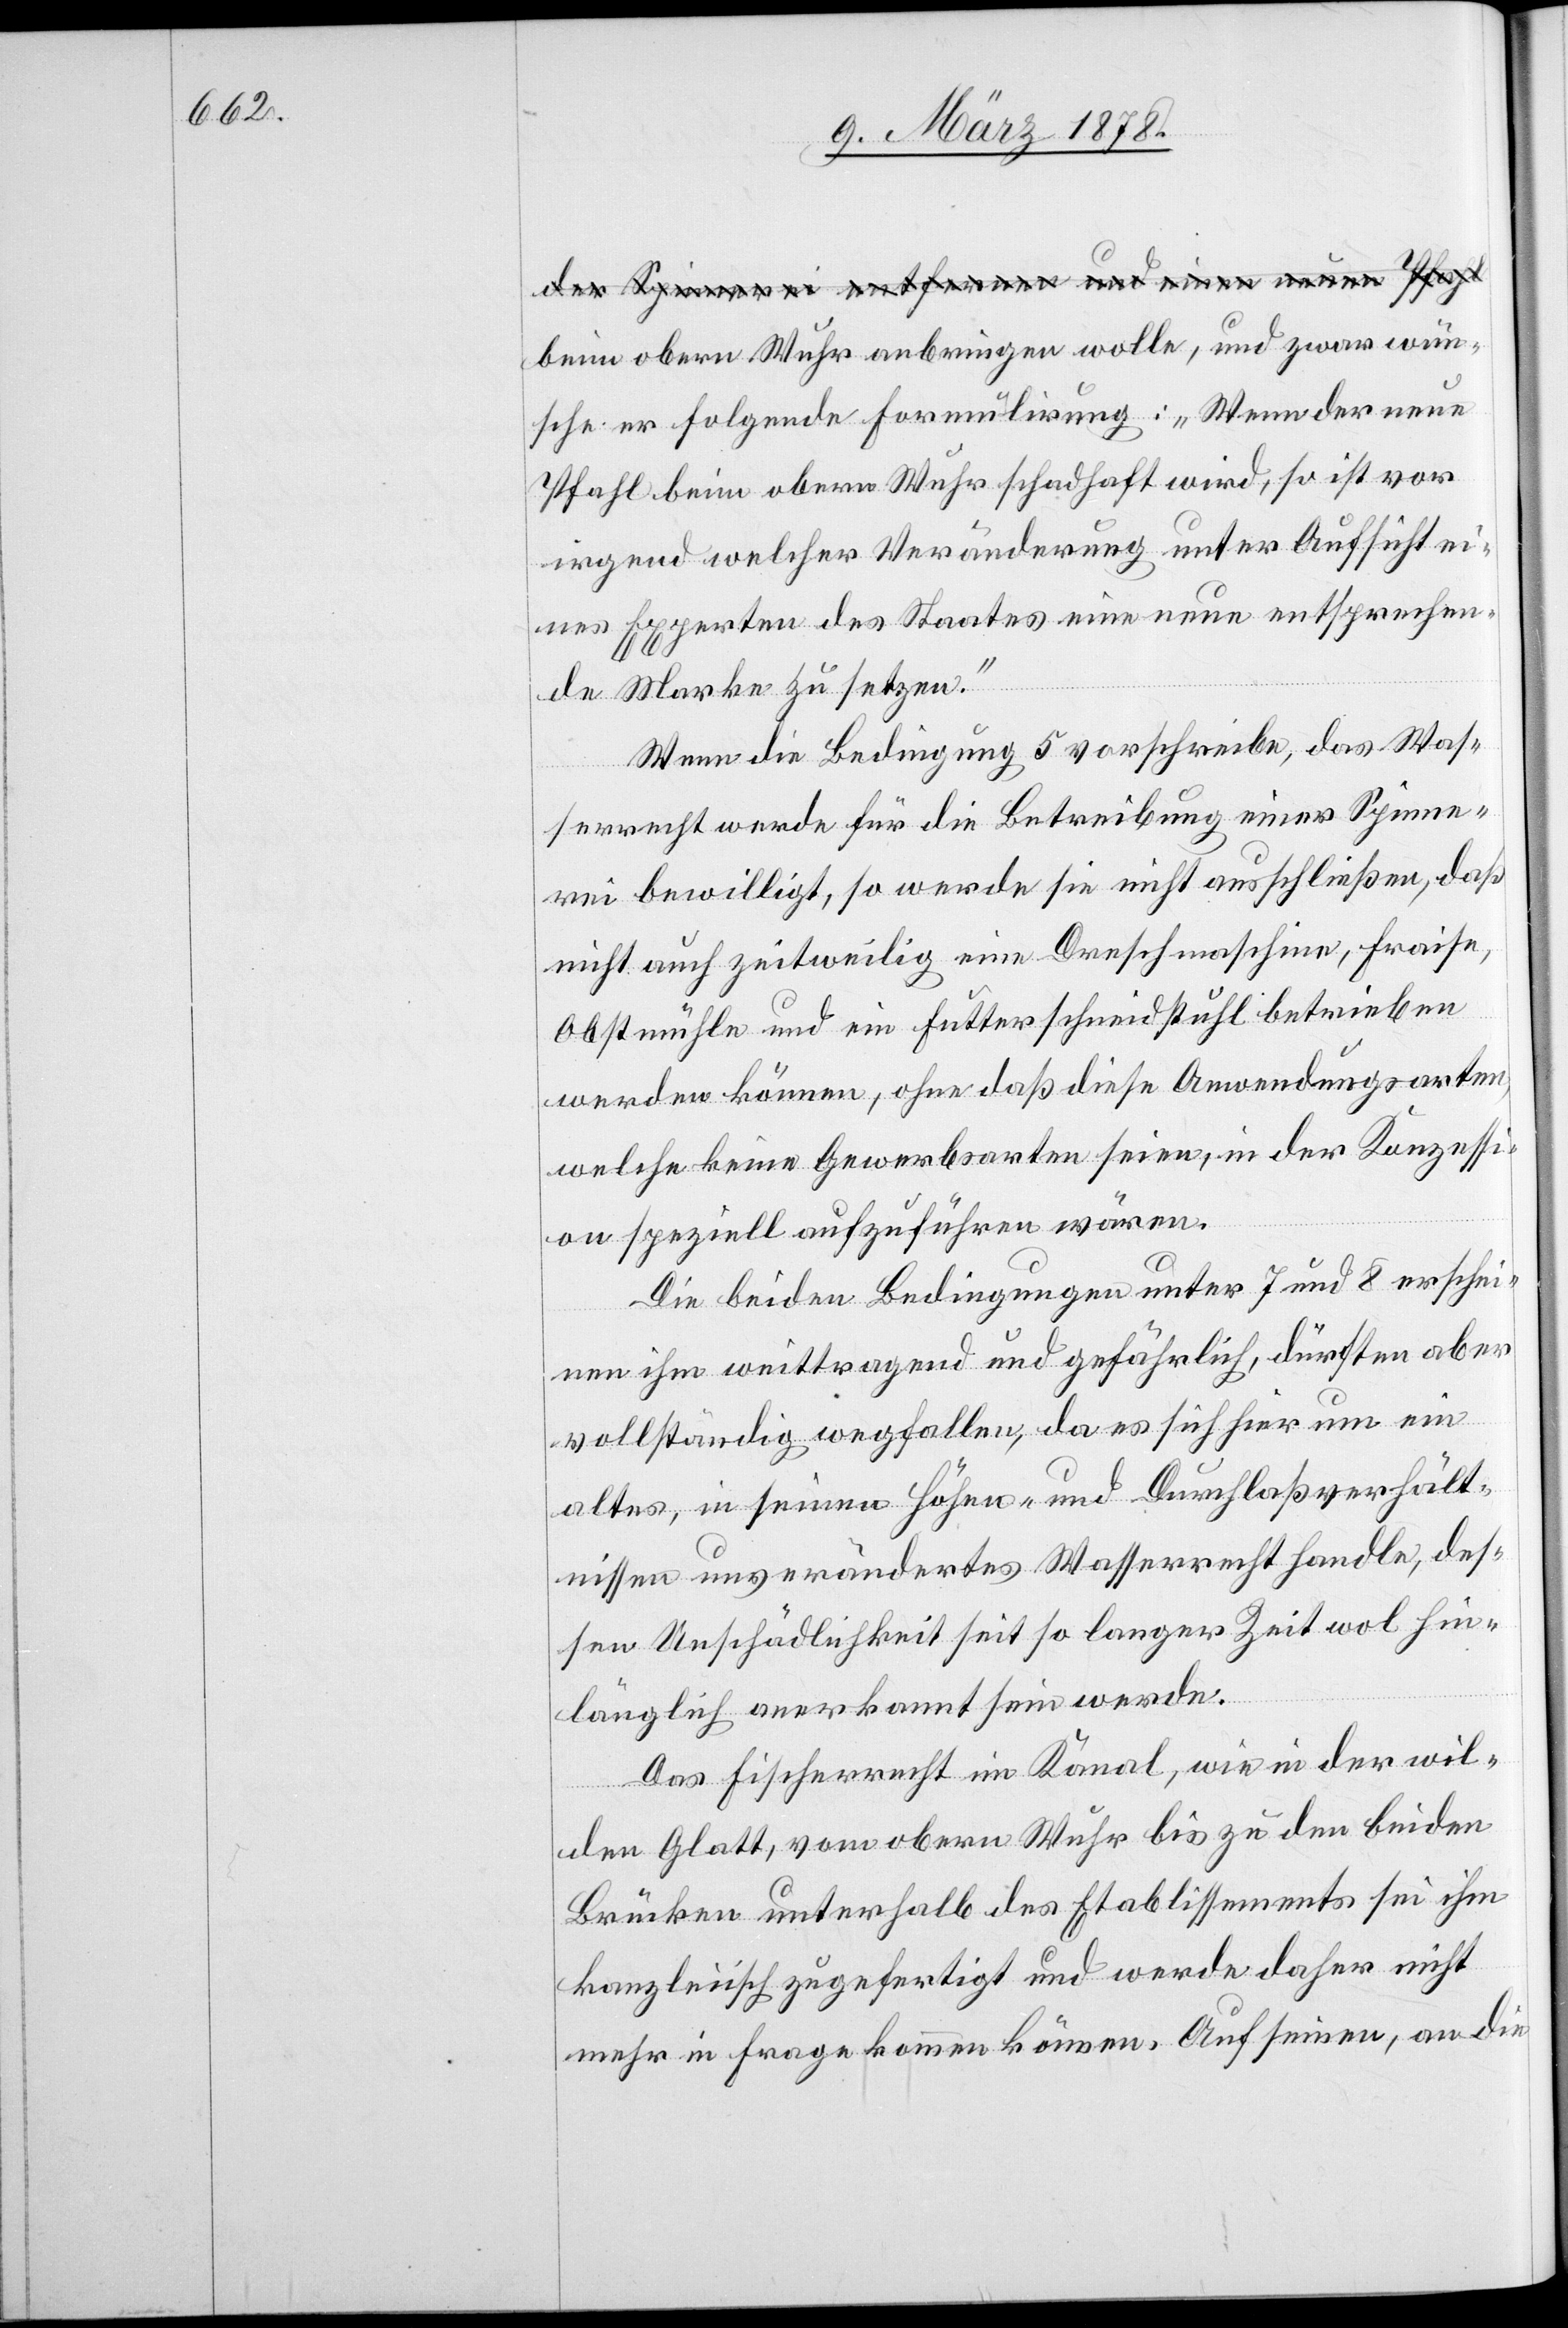
der Spinnerei entfernen und einen neuen Pfahl-a
beim obern Wuhr anbringen wolle, und zwar wün¬
sche er folgende Formulirung: „Wenn der neue
Pfahl beim obern Wuhr schadhaft wird, so ist vor
irgendwelcher Veränderung unter Aufsicht ei¬
nes Experten des Staates eine neue entsprechen¬
de Marke zu setzen.“
Wenn die Bedingung 5 vorschreibe, das Was¬
serrecht werde für die Betreibung einer Spinne¬
rei bewilligt, so werde sie nicht ausschließen, daß
nicht auch zeitweilig eine Dreschmaschine, Fraise,
Obstmühle und ein Futterschneidsstuhl betrieben
werden können, ohne daß diese Anwendungsarten,
welche keine Gewerbsarten seien, in der Konzessi¬
on speziell aufzuführen wären.
Die beiden Bedingungen unter 7 und 8 erschei¬
nen ihm weittragend und gefährlich, dürften aber
vollständig wegfallen, da es sich hier um ein
altes, in seinen Höhen- und Durchlaßverhält¬
nissen unverändertes Wasserrecht handle, des¬
sen Unschädlichkeit seit so langer Zeit wol hin¬
länglich anerkannt sein werde.
Das Fischerrecht im Kanal, wie in der wil¬
den Glatt, vom obern Wuhr bis zu den beiden
Brücken unterhalb des Etablissements sei ihm
kanzleiisch zugefertigt und werde daher nicht
mehr in Frage kommen können. Auf seinen, an die